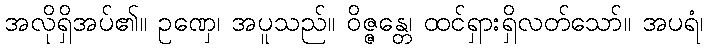
အလိုရှိအပ်၏။ ဥဏှေ၊ အပူသည်။ ဝိဇ္ဇန္တေ၊ ထင်ရှားရှိလတ်သော်။ အပရံ၊